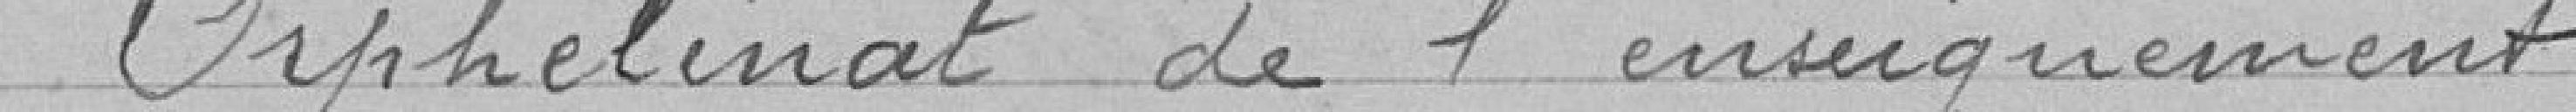
> Orphelinat de l'enseignement